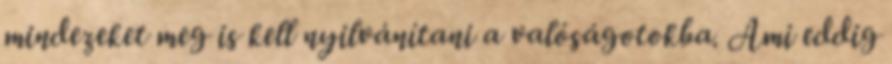
mindezeket meg is kell nyilvánítani a valóságotokba. Ami eddig